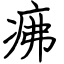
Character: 疿